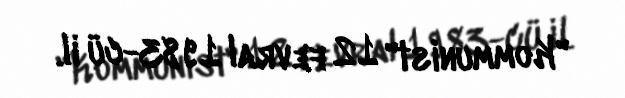
"Kommunist" 12 fevral 1983-cü il.